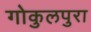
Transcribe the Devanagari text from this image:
गोकुलपुरा